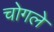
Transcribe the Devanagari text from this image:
चोगले